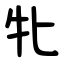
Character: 牝